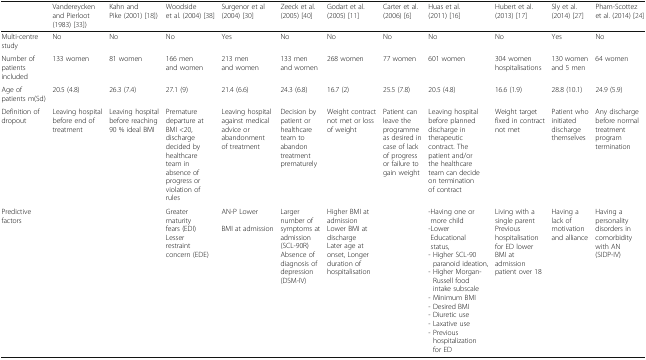
<table><thead><tr><td></td><td><b>Vandereycken and Pierloot (1983) [33])</b></td><td><b>Kahn and Pike (2001) [18])</b></td><td><b>Woodside et al. (2004) [38]</b></td><td><b>Surgenor et al (2004) [30]</b></td><td><b>Zeeck et al. (2005) [40]</b></td><td><b>Godart et al. (2005) [11]</b></td><td><b>Carter et al. (2006) [6]</b></td><td><b>Huas et al. (2011) [16]</b></td><td><b>Hubert et al. (2013) [17]</b></td><td><b>Sly et al. (2014) [27]</b></td><td><b>Pham-Scottez et al. (2014) [24]</b></td></tr></thead><tbody><tr><td>Multi-centre study</td><td>No</td><td>No</td><td>No</td><td>Yes</td><td>No</td><td>No</td><td>No</td><td>No</td><td>No</td><td>Yes</td><td>No</td></tr><tr><td>Number of patients included</td><td>133 women</td><td>81 women</td><td>166 men and women</td><td>213 men and women</td><td>133 men and women</td><td>268 women</td><td>77 women</td><td>601 women</td><td>304 women hospitalisations</td><td>130 women and 5 men</td><td>64 women</td></tr><tr><td>Age of patients m(Sd)</td><td>20.5 (4.8)</td><td>26.3 (7.4)</td><td>27.1 (9)</td><td>21.4 (6.6)</td><td>24.3 (6.8)</td><td>16.7 (2)</td><td>25.5 (7.8)</td><td>20.5 (4.8)</td><td>16.6 (1.9)</td><td>28.8 (10.1)</td><td>24.9 (5.9)</td></tr><tr><td>Definition of dropout</td><td>Leaving hospital before end of treatment</td><td>Leaving hospital before reaching 90 % ideal BMI</td><td>Premature departure at BMI &lt;20, discharge decided by healthcare team in absence of progress or violation of rules</td><td>Leaving hospital against medical advice or abandonment of treatment</td><td>Decision by patient or healthcare team to abandon treatment prematurely</td><td>Weight contract not met or loss of weight</td><td>Patient can leave the programme as desired in case of lack of progress or failure to gain weight</td><td>Leaving hospital before planned discharge in therapeutic contract. The patient and/or the healthcare team can decide on termination of contract</td><td>Weight target fixed in contract not met</td><td>Patient who initiated discharge themselves</td><td>Any discharge before normal treatment program termination</td></tr><tr><td>Predictive factors</td><td></td><td></td><td>Greater maturity fears (EDI)Lesser restraint concern (EDE)</td><td>AN-P LowerBMI at admission</td><td>Larger number of symptoms at admission (SCL-90R) Absence of diagnosis of depression (DSM-IV)</td><td>Higher BMI at admission Lower BMI at dischargeLater age at onset, Longer duration of hospitalisation</td><td></td><td>-Having one or more child-Lower Educational status,- Higher SCL-90 paranoid ideation,- Higher Morgan-Russell food intake subscale- Minimum BMI- Desired BMI- Diuretic use- Laxative use- Previous hospitalization for ED</td><td>Living with a single parentPrevious hospitalisation for ED lower BMI at admission patient over 18</td><td>Having a lack of motivation and alliance</td><td>Having a personality disorders in comorbidity with AN (SIDP-IV)</td></tr></tbody></table>